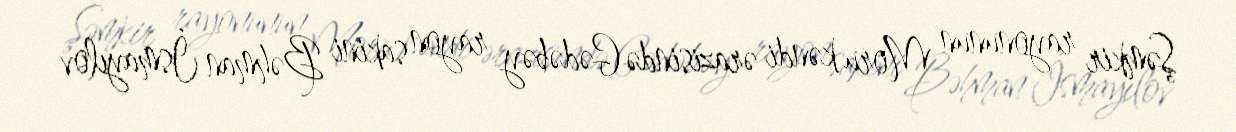
Şəmkir rayonunun Moru kəndi ərazisində Gədəbəy rayon sakini Bəhman İsmayılov